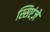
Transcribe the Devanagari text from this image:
स्सिएंज़े